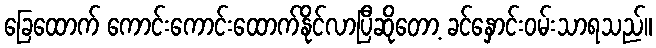
ခြေထောက် ကောင်းကောင်းထောက်နိုင်လာပြီဆိုတော့ ခင်နှောင်းဝမ်းသာရသည်။